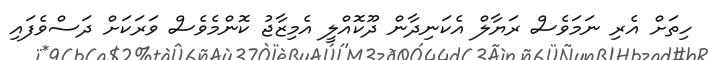
ހިތަށް އެރި ނަމަވެސް ރަޔާލް އެކަނިދާން ދޫކޮއްލީ އެމިޒާޖު ކޮންމެވެސް ވަރަކަށް ދަސްވެފައި